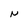
Character: N